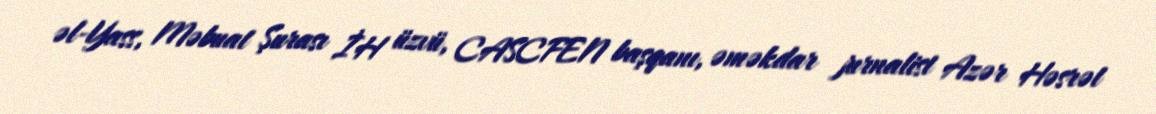
əl-Yass, Məbuat Şurası İH üzvü, CASCFEN başqanı, əməkdar jurnalist Azər Həsrət